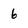
Character: 6